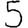
Digit: 5